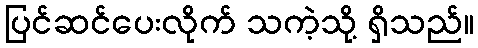
ပြင်ဆင်ပေးလိုက် သကဲ့သို့ ရှိသည်။